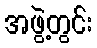
အဖွဲ့တွင်း